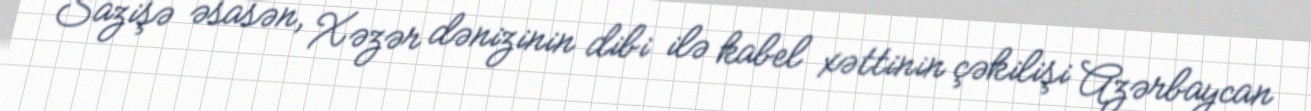
Sazişə əsasən, Xəzər dənizinin dibi ilə kabel xəttinin çəkilişi Azərbaycan